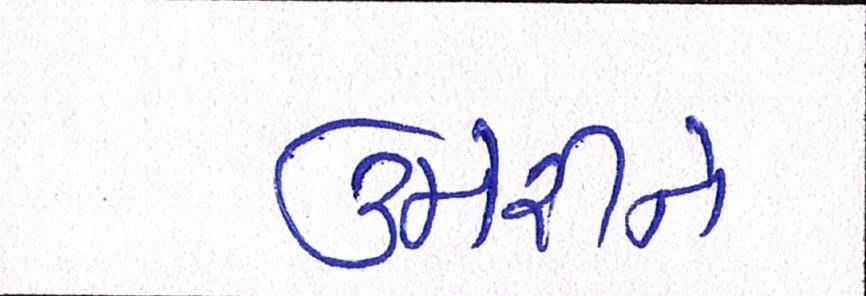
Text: ઉમેરીને